Report of the Indian Hemp Drugs Commission, 1894-1895 - Volume VIII
Year: 1894
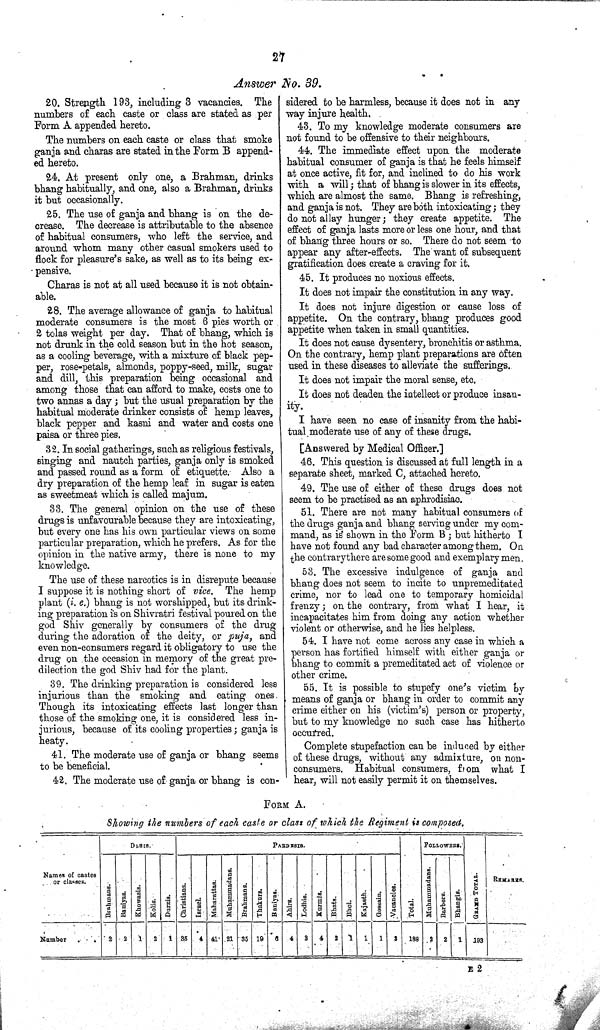
27
Answer No. 39.
20. Strength 193, including 3 vacancies. The
numbers of each caste or class are stated as per
Form A appended hereto.
The numbers on each caste or class that smoke
ganja and charas are stated in the Form B append-
ed hereto.
24. At present only one, a Brahman, drinks
bhang habitually, and one, also a Brahman, drinks
it but occasionally.
25. The use of ganja and bhang is on the de-
crease. The decrease is attributable to the absence
of habitual consumers, who left the service, and
around whom many other casual smokers used to
flock for pleasure's sake, as well as to its being ex-
pensive.
Charas is not at all used because it is not obtain-
able.
28. The average allowance of ganja to habitual
moderate consumers is the most 6 pies worth or .
2 tolas weight per day. That of bhang, which is
not drunk in the cold season but in the hot season,
as a cooling beverage, with a mixture of black pep-
per, rose-petals, almonds, poppy-seed, milk, sugar
and dill, this preparation being occasional and
among those that can afford to make, costs one to
two annas a day; but the usual preparation by the
habitual moderate drinker consists of hemp leaves,
black pepper and kasni and water and costs one
paisa or three pies.
32. In social gatherings, such as religious festivals,
singing and nautch parties, ganja only is smoked
and passed round as a form of etiquette. Also a
dry preparation of the hemp leaf in sugar is eaten
as sweetmeat which is called majum.
33. The general opinion on the use of these
drugs is unfavourable because they are intoxicating,
but every one has his own particular views on some
particular preparation, which he prefers. As for the
opinion in the native army, there is none to my
knowledge.
The use of these narcotics is in disrepute because
I suppose it is nothing short of vice. The hemp
plant (i. e.) bhang is not worshipped, but its drink-
ing preparation is on Shivratri festival poured on the
god Shiv generally by consumers of the drug
during the adoration of the deity, or puja, and
even non-consumers regard it obligatory to use the
drug on the occasion in memory of the great pre-
dilection the god Shiv had for the plant.
39. The drinking preparation is considered less
injurious than the smoking and eating ones.
Though its intoxicating effects last longer than
those of the smoking one, it is considered less in-
jurious, because of its cooling properties; ganja is
heaty.
41. The moderate use of ganja or bhang seems
to be beneficial.
42. The moderate use of ganja or bhang is eon-
sidered to be harmless, because it does not in any
way injure health.
43. To my knowledge moderate consumers are
not found to be offensive to their neighbours.
44. The immediate effect upon the moderate
habitual consumer of ganja is that he feels himself
at once active, fit for, and inclined to do his work
with a will; that of bhang is slower in its effects,
which are almost the same. Bhang is refreshing,
and ganja is not. They are both intoxicating; they
do not allay hunger; they create appetite. The
effect of ganja lasts more or less one hour, and that
of bhang three hours or so. There do not seem to
appear any after-effects. The want of subsequent
gratification does create a craving for it.
45. It produces no noxious effects.
It does not impair the constitution in any way.
It does not injure digestion or cause loss of
appetite. On the contrary, bhang produces good
appetite when taken in small quantities.
It does not cause dysentery, bronchitis or asthma.
On the contrary, hemp plant preparations are often
used in these diseases to alleviate the sufferings.
It does not impair the moral sense, etc.
It does not deaden the intellect or produce insan-
ity.
I have seen no case of insanity from the habi-
tual, moderate use of any of these drugs.
[Answered by Medical Officer.]
46. This question is discussed afc full length in a
separate sheet, marked C, attached hereto.
49. The use of either of these drugs does not
seem to be practised as an aphrodisiac.
51. There are not many habitual consumers of
the drugs ganja and bhang serving under my com-
mand, as is' shown in the Form B; but hitherto I
have not found any bad character among them. On
the contrary there are some good and exemplary men,
53. The excessive indulgence of ganja and
bhang does not seem to incite to unpremeditated
crime, nor to lead one to temporary homicidal
frenzy; on the contrary, from what I hear, it
incapacitates him from doing any action whether
violent or otherwise, and he lies helpless.
54. I have not come across any case in which a
person has fortified himself with either ganja or
bhang to commit a premeditated act of violence or
other crime.
55. It is possible to stupefy one's victim by
means of ganja or bhang in order to commit any
crime either on his (victim's) person or property,
but to my knowledge no such case has hitherto
occurred.
Complete stupefaction can be induced by either
of these drugs, without any admixture, on non-
consumers. Habitual consumers, from what I
hear, will not easily permit it on themselves.
FORM A.
Showing the numbers of each caste or class of which the Regiment is composed.
DESIS.
PARDESIS.
FOLLOWERS.
Names of castes
or classes.
Brahmans.
Baniyas.
Khowasis.
Kolis. Durzis. Christians. Israel. Maharattas. Muhammadans. Brahmans. Thakurs. Baniyas. Ahrirs. Lodhis. Kurmis. Bhats.
Bhoi. Kajasth.
Gossain. Vacancies. Total. Mohammadans. Barbers. Bhangis. GRAND TOTAL
REMARKS.
Number
2
2
1
2
1 35
4
41 21
35
19
6 4 3 4 2 1 1
1
3 188 2 2 1 193
E 2